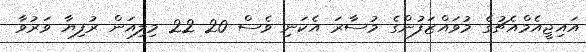
އައިޖީއެމްއެޗުގެ މުވައްޒަފުންގެ މުސާރަ އެކަނި ވެސް 20 22 މިލިއަން ރުފިޔާ ވަރުވާ